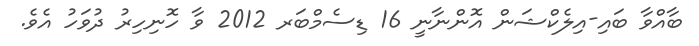
ބާއްވާ ބައި-އިލެކްޝަން އޮންނާނީ 16 ޑިސެމްބަރ 2012 ވާ ހޮނިހިރު ދުވަހު އެވެ.